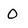
Character: O